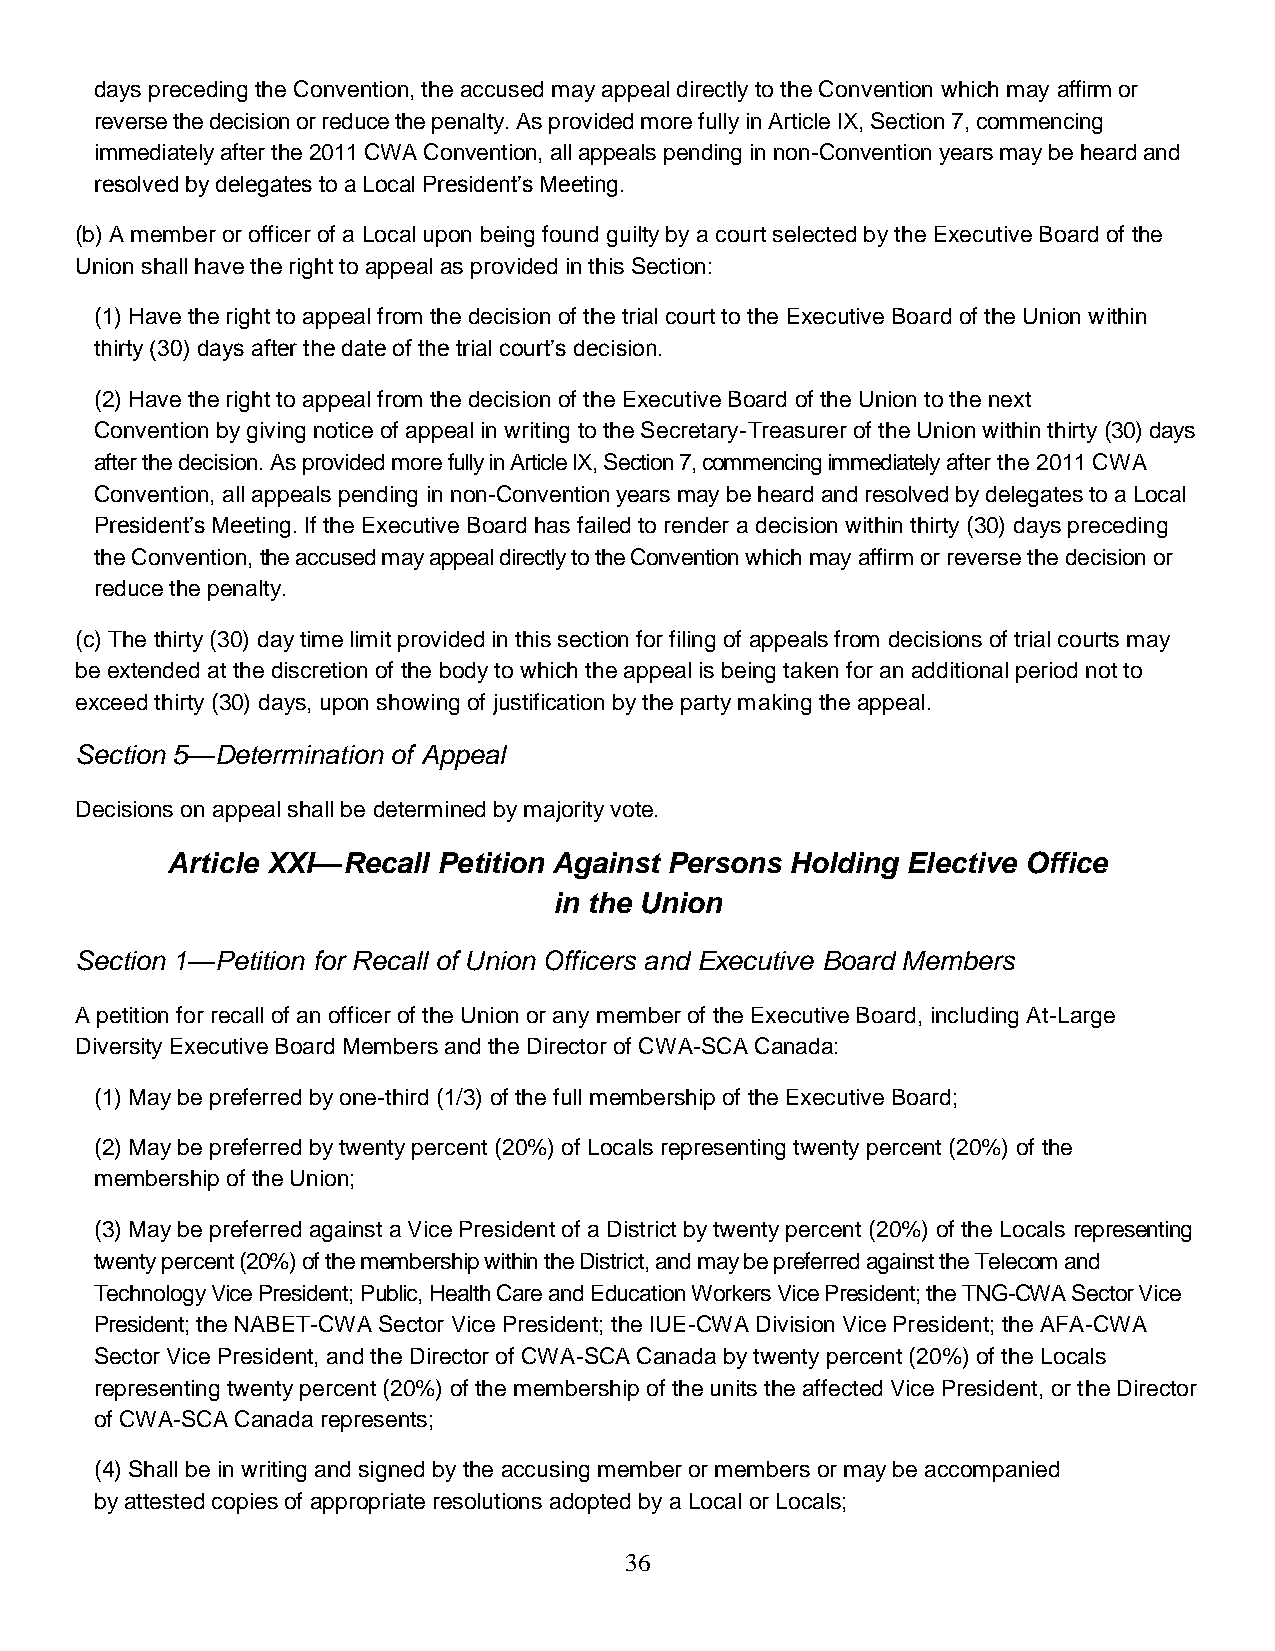
days preceding the Convention, the accused may appeal directly to the Convention which may affirm or
 reverse the decision or reduce the penalty. As provided more fully in Article IX, Section 7, commencing
 immediately after the 2011 CWA Convention, all appeals pending in non-Convention years may be heard and
 resolved by delegates to a Local President’s Meeting.
 (b) A member or officer of a Local upon being found guilty by a court selected by the Executive Board of the
 Union shall have the right to appeal as provided in this Section:
 (1) Have the right to appeal from the decision of the trial court to the Executive Board of the Union within
 thirty (30) days after the date of the trial court’s decision.
 (2) Have the right to appeal from the decision of the Executive Board of the Union to the next
 Convention by giving notice of appeal in writing to the Secretary-Treasurer of the Union within thirty (30) days
 after the decision. As provided more fully in Article IX, Section 7, commencing immediately after the 2011 CWA
 Convention, all appeals pending in non-Convention years may be heard and resolved by delegates to a Local
 President’s Meeting. If the Executive Board has failed to render a decision within thirty (30) days preceding
 the Convention, the accused may appeal directly to the Convention which may affirm or reverse the decision or
 reduce the penalty.
 (c) The thirty (30) day time limit provided in this section for filing of appeals from decisions of trial courts may
 be extended at the discretion of the body to which the appeal is being taken for an additional period not to
 exceed thirty (30) days, upon showing of justification by the party making the appeal.
 Section 5—Determination of Appeal
 Decisions on appeal shall be determined by majority vote.
 Article XXI—Recall Petition Against Persons Holding Elective Office
 in the Union
 Section 1—Petition for Recall of Union Officers and Executive Board Members
 A petition for recall of an officer of the Union or any member of the Executive Board, including At-Large
 Diversity Executive Board Members and the Director of CWA-SCA Canada:
 (1) May be preferred by one-third (1/3) of the full membership of the Executive Board;
 (2) May be preferred by twenty percent (20%) of Locals representing twenty percent (20%) of the
 membership of the Union;
 (3) May be preferred against a Vice President of a District by twenty percent (20%) of the Locals representing
 twenty percent (20%) of the membership within the District, and may be preferred against the Telecom and
 Technology Vice President; Public, Health Care and Education Workers Vice President; the TNG-CWA Sector Vice
 President; the NABET-CWA Sector Vice President; the IUE-CWA Division Vice President; the AFA-CWA
 Sector Vice President, and the Director of CWA-SCA Canada by twenty percent (20%) of the Locals
 representing twenty percent (20%) of the membership of the units the affected Vice President, or the Director
 of CWA-SCA Canada represents;
 (4) Shall be in writing and signed by the accusing member or members or may be accompanied
 by attested copies of appropriate resolutions adopted by a Local or Locals;
 36